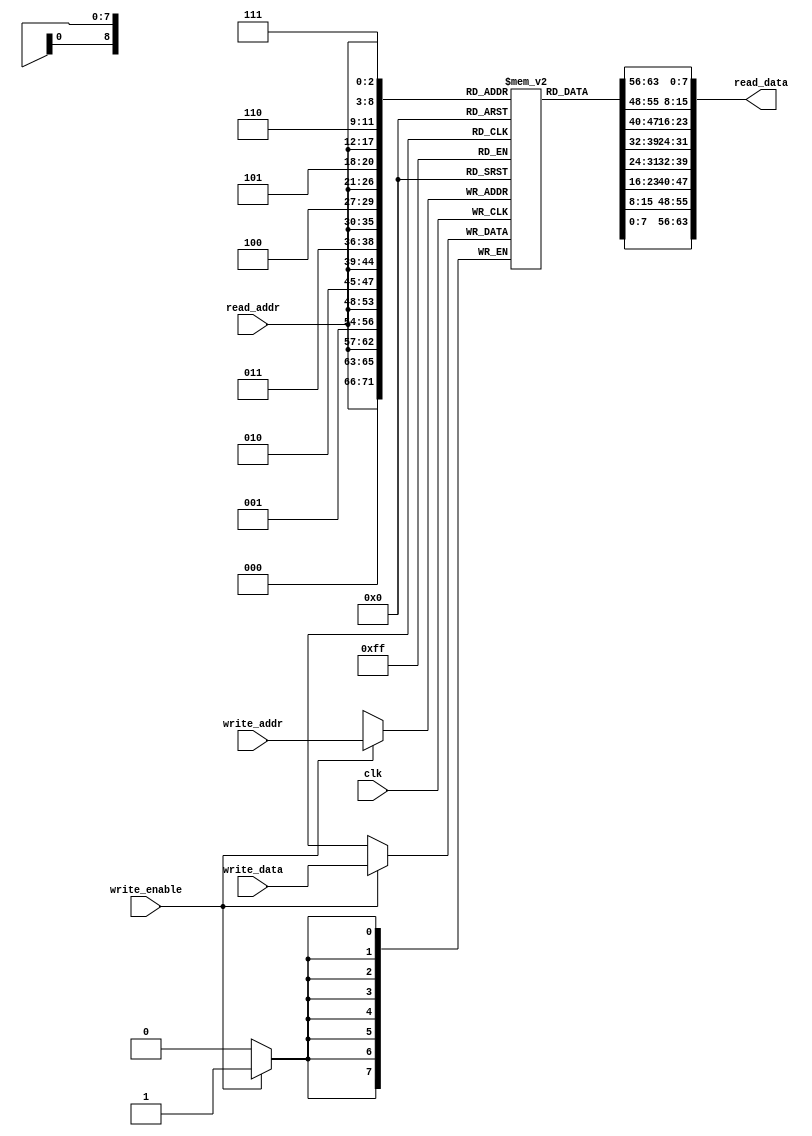
module asym_ram_sdp_wide_async_read (
input clk, write_enable,
input [8:0] write_addr,
input [5:0] read_addr,
input [7:0] write_data,
output [63:0] read_data
);

reg [7:0] mem [0:511];

always @(posedge clk) begin
    if (write_enable)
        mem[write_addr] <= write_data;
end

assign read_data[7:0] = mem[{read_addr, 3'b000}];
assign read_data[15:8] = mem[{read_addr, 3'b001}];
assign read_data[23:16] = mem[{read_addr, 3'b010}];
assign read_data[31:24] = mem[{read_addr, 3'b011}];
assign read_data[39:32] = mem[{read_addr, 3'b100}];
assign read_data[47:40] = mem[{read_addr, 3'b101}];
assign read_data[55:48] = mem[{read_addr, 3'b110}];
assign read_data[63:56] = mem[{read_addr, 3'b111}];


endmodule